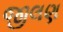
જીલણ